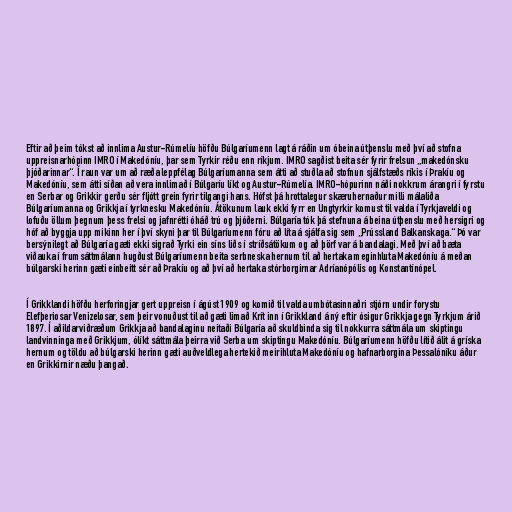
Eftir að þeim tókst að innlima Austur-Rúmelíu höfðu Búlgaríumenn lagt á ráðin um óbeina útþenslu með því að stofna
uppreisnarhópinn IMRO í Makedóníu, þar sem Tyrkir réðu enn ríkjum. IMRO sagðist beita sér fyrir frelsun „makedónsku
þjóðarinnar“. Í raun var um að ræða leppfélag Búlgaríumanna sem átti að stuðla að stofnun sjálfstæðs ríkis í Þrakíu og
Makedóníu, sem átti síðan að vera innlimað í Búlgaríu líkt og Austur-Rúmelía. IMRO-hópurinn náði nokkrum árangri í fyrstu
en Serbar og Grikkir gerðu sér fljótt grein fyrir tilgangi hans. Hófst þá hrottalegur skæruhernaður milli málaliða
Búlgaríumanna og Grikkja í tyrknesku Makedóníu. Átökunum lauk ekki fyrr en Ungtyrkir komust til valda í Tyrkjaveldi og
lofuðu öllum þegnum þess frelsi og jafnrétti óháð trú og þjóðerni. Búlgaría tók þá stefnuna á beina útþenslu með hersigri og
hóf að byggja upp mikinn her í því skyni þar til Búlgaríumenn fóru að líta á sjálfa sig sem „Prússland Balkanskaga.“ Þó var
bersýnilegt að Búlgaría gæti ekki sigrað Tyrki ein síns liðs í stríðsátökum og að þörf var á bandalagi. Með því að bæta
viðauka í frumsáttmálann hugðust Búlgaríumenn beita serbneska hernum til að hertaka meginhluta Makedóníu á meðan
búlgarski herinn gæti einbeitt sér að Þrakíu og að því að hertaka stórborgirnar Adríanópólis og Konstantínópel.

Í Grikklandi höfðu herforingjar gert uppreisn í ágúst 1909 og komið til valda umbótasinnaðri stjórn undir forystu
Elefþeriosar Venizelosar, sem þeir vonuðust til að gæti limað Krít inn í Grikkland á ný eftir ósigur Grikkja gegn Tyrkjum árið
1897. Í aðildarviðræðum Grikkja að bandalaginu neitaði Búlgaría að skuldbinda sig til nokkurra sáttmála um skiptingu
landvinninga með Grikkjum, ólíkt sáttmála þeirra við Serba um skiptingu Makedóníu. Búlgaríumenn höfðu lítið álit á gríska
hernum og töldu að búlgarski herinn gæti auðveldlega hertekið meirihluta Makedóníu og hafnarborgina Þessalóníku áður
en Grikkirnir næðu þangað.